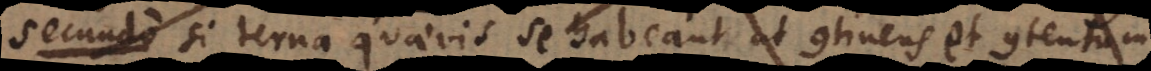
seu si terna quaevis se habeant ut continens et contentum,